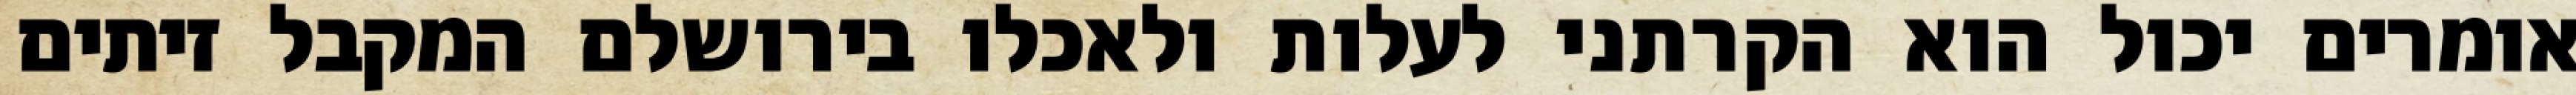
אומרים יכול הוא הקרתני לעלות ולאכלו בירושלם המקבל זיתים